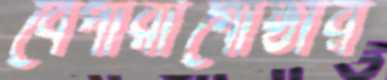
বেপারীগোষ্ঠীর